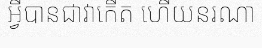
អ្វីបានជាវាកើត ហើយនរណា